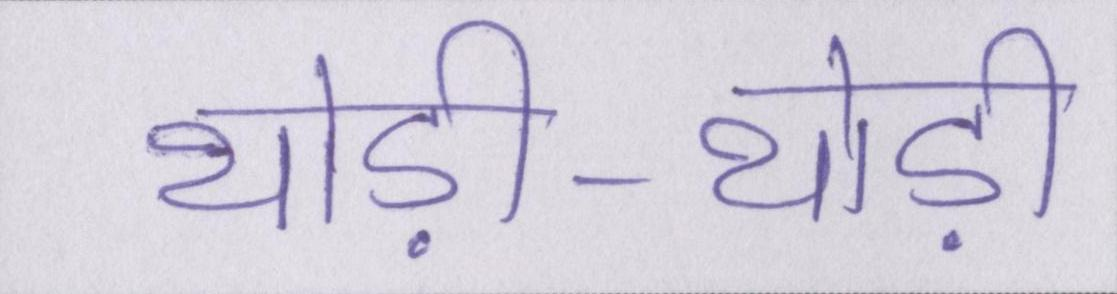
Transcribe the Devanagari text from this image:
थोड़ी-थोड़ी